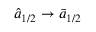
\hat { a } _ { 1 / 2 } \rightarrow \Bar { a } _ { 1 / 2 }